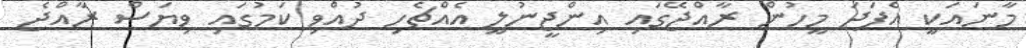
މާނައަކީ އެފަދަ މީހުން ރާއްޖޭގައި އިންޖީނުލީ އެއްޗެހި ދުއްވި ކަމުގައި ވިޔަސް ރާއްޖެ